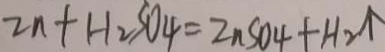
Z n + H _ { 2 } S O _ { 4 } = Z n S O _ { 4 } + H _ { 2 } \uparrow